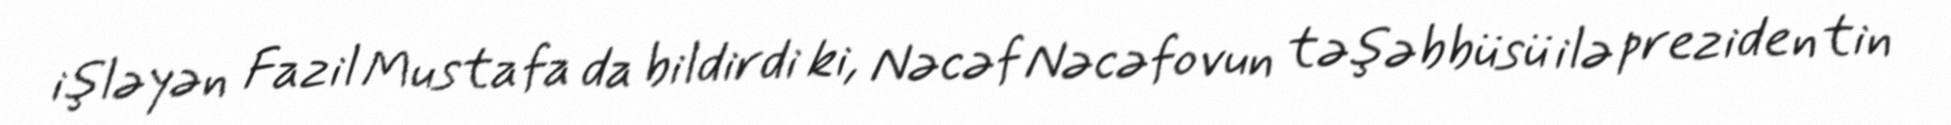
işləyən Fazil Mustafa da bildirdi ki, Nəcəf Nəcəfovun təşəbbüsü ilə prezidentin